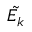
\tilde { E _ { k } }